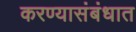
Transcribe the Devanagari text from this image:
करण्यासंबंधात